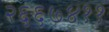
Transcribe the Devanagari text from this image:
२६६७४११